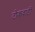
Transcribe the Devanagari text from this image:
टोकवाडी